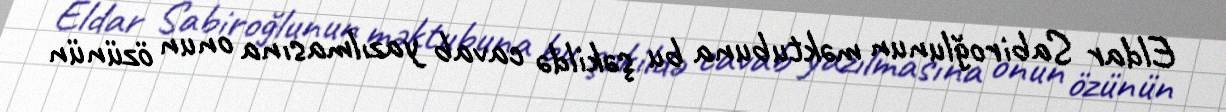
Eldar Sabiroğlunun məktubuna bu şəkildə cavab yazılmasına onun özünün